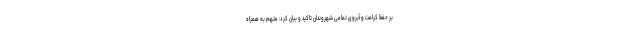
بر حفظ کرامت و آبروی تمامی شهروندان تاکید و بیان کرد: متهم به همراه